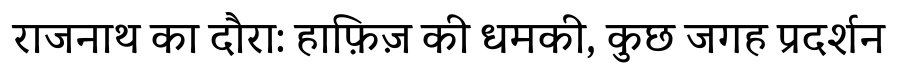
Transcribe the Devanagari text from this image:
राजनाथ का दौरा: हाफ़िज़ की धमकी, कुछ जगह प्रदर्शन